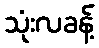
သုံးလခန့်